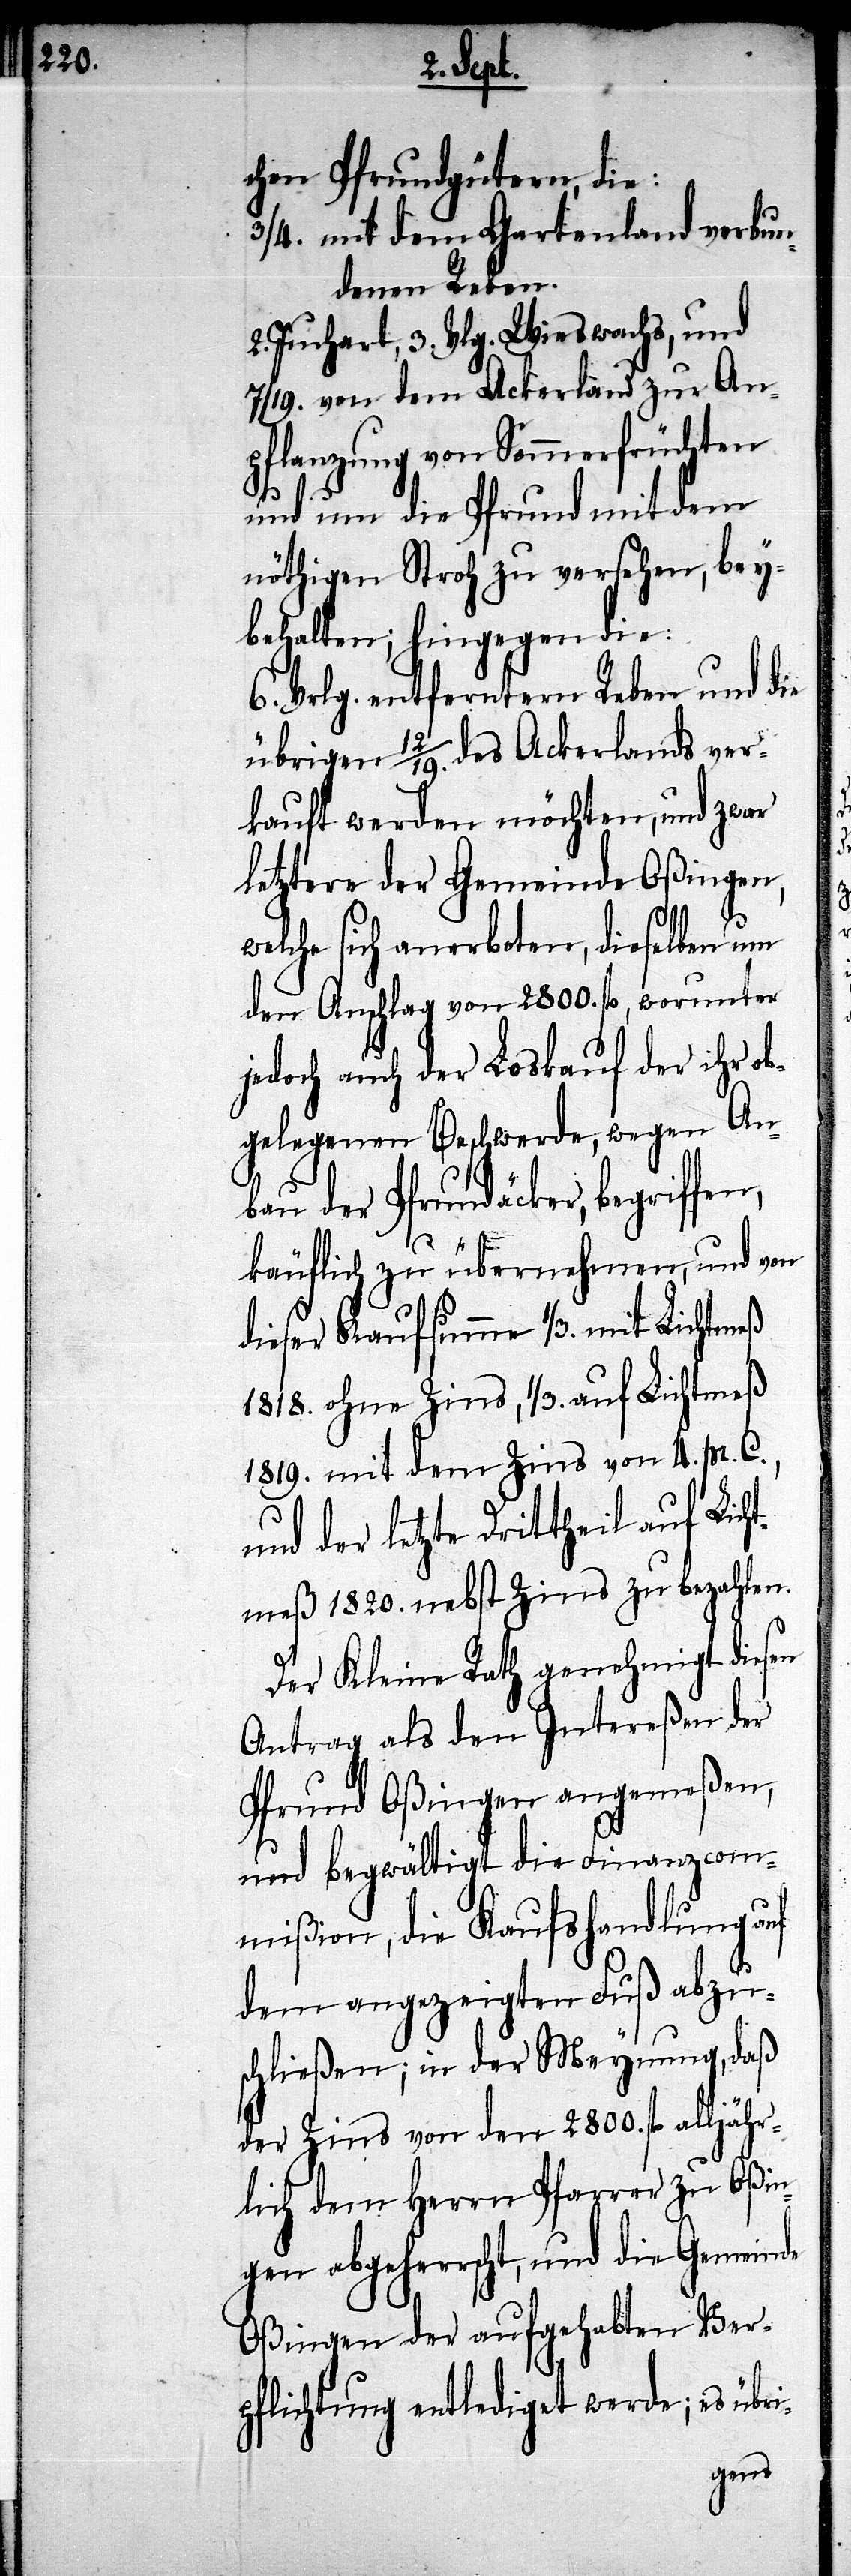
chen Pfrundgütern, die:
3/4 . mit dem Gartenland verbun¬
denen Reben.
2. Juchart, 3. Vlg. Wieswachs, und
7/19. von dem Ackerland zu An¬
pflanzung von Sommerfrüchten
und um die Pfrund mit dem
nöthigen Stroh zu versehen, bey¬
behalten; hingegen die:
6. Vrlg. entferntern Reben und die
übrigen 12/19. des Ackerlands ver¬
kauft werden möchten, und zwar
letztere der Gemeinde Oßingen,
welche sich anerboten, dieselben um
den Anschlag von 2800. fl., worunter
jedoch auch der Loskauf der ihr ob¬
gelegenen Beschwerde, wegen An¬
bau der Pfrundäcker, begriffen,
käuflich zu übernehmen, und von
dieser Kaufsumme 1/3. mit Lichtmeß
1818. ohne Zins, 1/3. auf Lichtmeß
1819. mit dem Zins von 4. pr. C.,
und der letzte Drittheil auf Lich¬
tmeß 1820. nebst Zins zu bezahlen.
Der Kleine Rath genehmigt diesen
Antrag als den Intereßen der
Pfrund Oßingen angemeßen,
und begwältigt die Finanzcom¬
mißion, die Kaufshandlung auf
dem angezeigten Fuß abzu¬
schließen; in der Meynung, daß
der Zins von den 2800. fl. alljähr¬
lich dem Herrn Pfarre zu Oßin¬
gen abgeherrscht, und die Gemeinde
Oßingen der aufgehabten Ver¬
pflichtung entlediget werde; es übri-